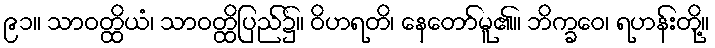
၉၁။ သာဝတ္ထိယံ၊ သာဝတ္ထိပြည်၌။ ဝိဟရတိ၊ နေတော်မူ၏။ ဘိက္ခဝေ၊ ရဟန်းတို့။